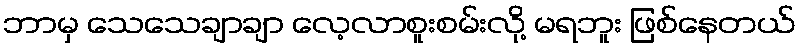
ဘာမှ သေသေချာချာ လေ့လာစူးစမ်းလို့ မရဘူး ဖြစ်နေတယ်